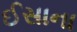
ઈસાના